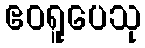
ဧဝရူပေသု